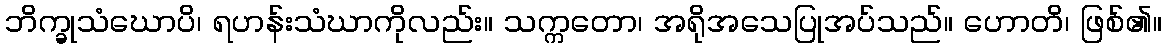
ဘိက္ခုသံဃောပိ၊ ရဟန်းသံဃာကိုလည်း။ သက္ကတော၊ အရိုအသေပြုအပ်သည်။ ဟောတိ၊ ဖြစ်၏။